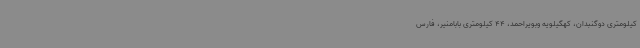
کیلومتری دوگنبدان، کهگیلویه وبویراحمد، 44 کیلومتری بابامنیر، فارس